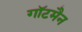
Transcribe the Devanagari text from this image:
गॉटमैन